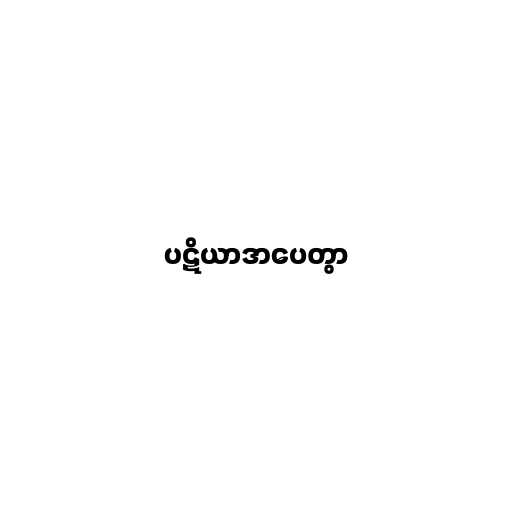
ပဋိယာဒာပေတွာ